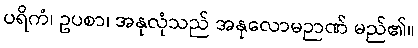
ပရိကံ၊ ဥပစာ၊ အနုလုံသည် အနုလောမဉာဏ် မည်၏။